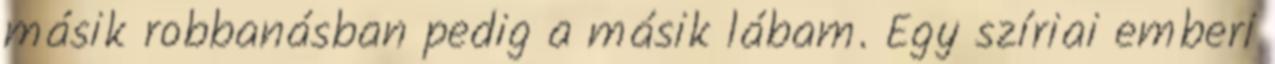
másik robbanásban pedig a másik lábam. Egy szíriai emberi